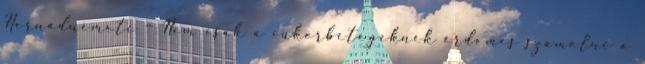
Hernádnémeti – Nem csak a cukorbetegeknek érdemes számolni a